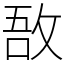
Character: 敔